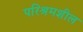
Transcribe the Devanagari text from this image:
परिश्रमशील